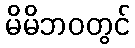
မိမိဘဝတွင်